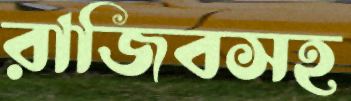
রাজিবসহ